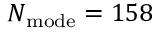
N _ { \mathrm { m o d e } } = 1 5 8